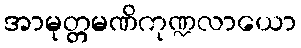
အာမုတ္တမဏိကုဏ္ဍလာယော